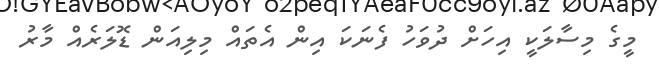
މީގެ މިސާލަކީ އިހަށް ދުވަހު ފެނަކަ އިން އެތައް މިލިއަން ޑޮލަރެއް މާރު